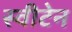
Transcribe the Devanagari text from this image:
स्वीटेन